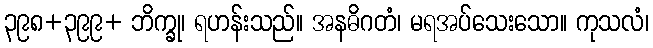
၃၉၈+၃၉၉+ ဘိက္ခု၊ ရဟန်းသည်။ အနဓိဂတံ၊ မရအပ်သေးသော။ ကုသလံ၊